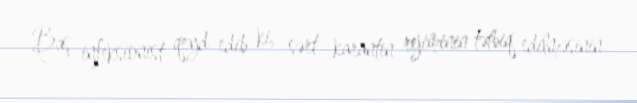
Baş infeksionist qeyd edib ki, sərt karantin rejiminin tətbiq edilməsinin